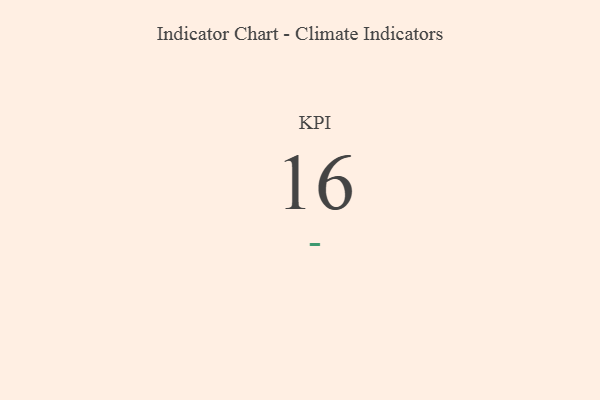
{"axis": {"x": "KPI", "y": "Value"}, "legend": [""], "data": [{"x": "KPI", "y": 16, "type": ""}]}